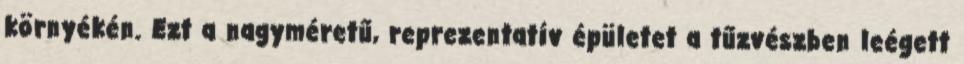
környékén. Ezt a nagyméretű, reprezentatív épületet a tűzvészben leégett